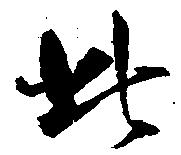
此